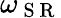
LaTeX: \omega_{\mathrm{~S~R~}}